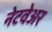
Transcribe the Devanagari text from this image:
नेटवेअर